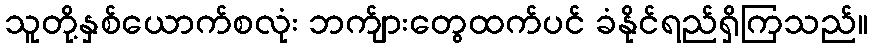
သူတို့နှစ်ယောက်စလုံး ဘက်ျားတွေထက်ပင် ခံနိုင်ရည်ရှိကြသည်။